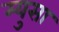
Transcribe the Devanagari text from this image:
म्युसा